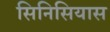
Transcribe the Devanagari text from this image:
सिनिसियास